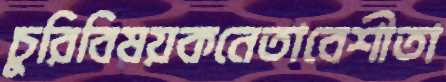
চুরিবিষয়কনেতাবেশীতা